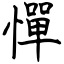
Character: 憚